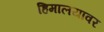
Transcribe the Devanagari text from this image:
हिमालयावर